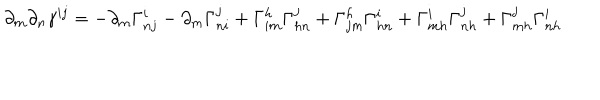
\partial _ { m } \partial _ { n } \gamma ^ { i j } = - \partial _ { m } \Gamma _ { n j } ^ { i } - \partial _ { m } \Gamma _ { n i } ^ { j } + \Gamma _ { i m } ^ { h } \Gamma _ { h n } ^ { j } + \Gamma _ { j m } ^ { h } \Gamma _ { h n } ^ { i } + \Gamma _ { m h } ^ { i } \Gamma _ { n h } ^ { j } + \Gamma _ { m h } ^ { j } \Gamma _ { n h } ^ { i }